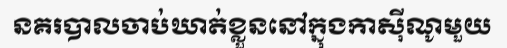
នគរបាលចាប់ឃាត់ខ្លួននៅក្នុងកាស៊ីណូមួយ